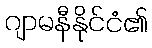
ဂျာမနီနိုင်ငံ၏